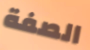
الصفة